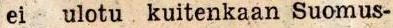
ei ulotu kuitenkaan Suomus-